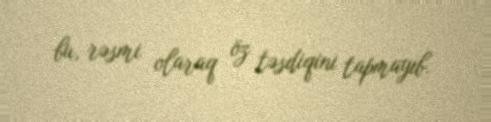
bu, rəsmi olaraq öz təsdiqini tapmayıb.